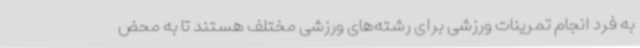
به فرد انجام تمرینات ورزشی برای رشته‌های ورزشی مختلف هستند تا به محض